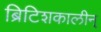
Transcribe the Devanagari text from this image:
ब्रिटिशकालीन्